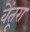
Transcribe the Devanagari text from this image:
वेंतूरा